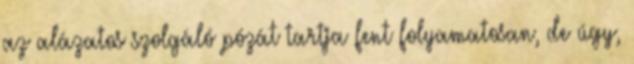
az alázatos szolgáló pózát tartja fent folyamatosan, de úgy,